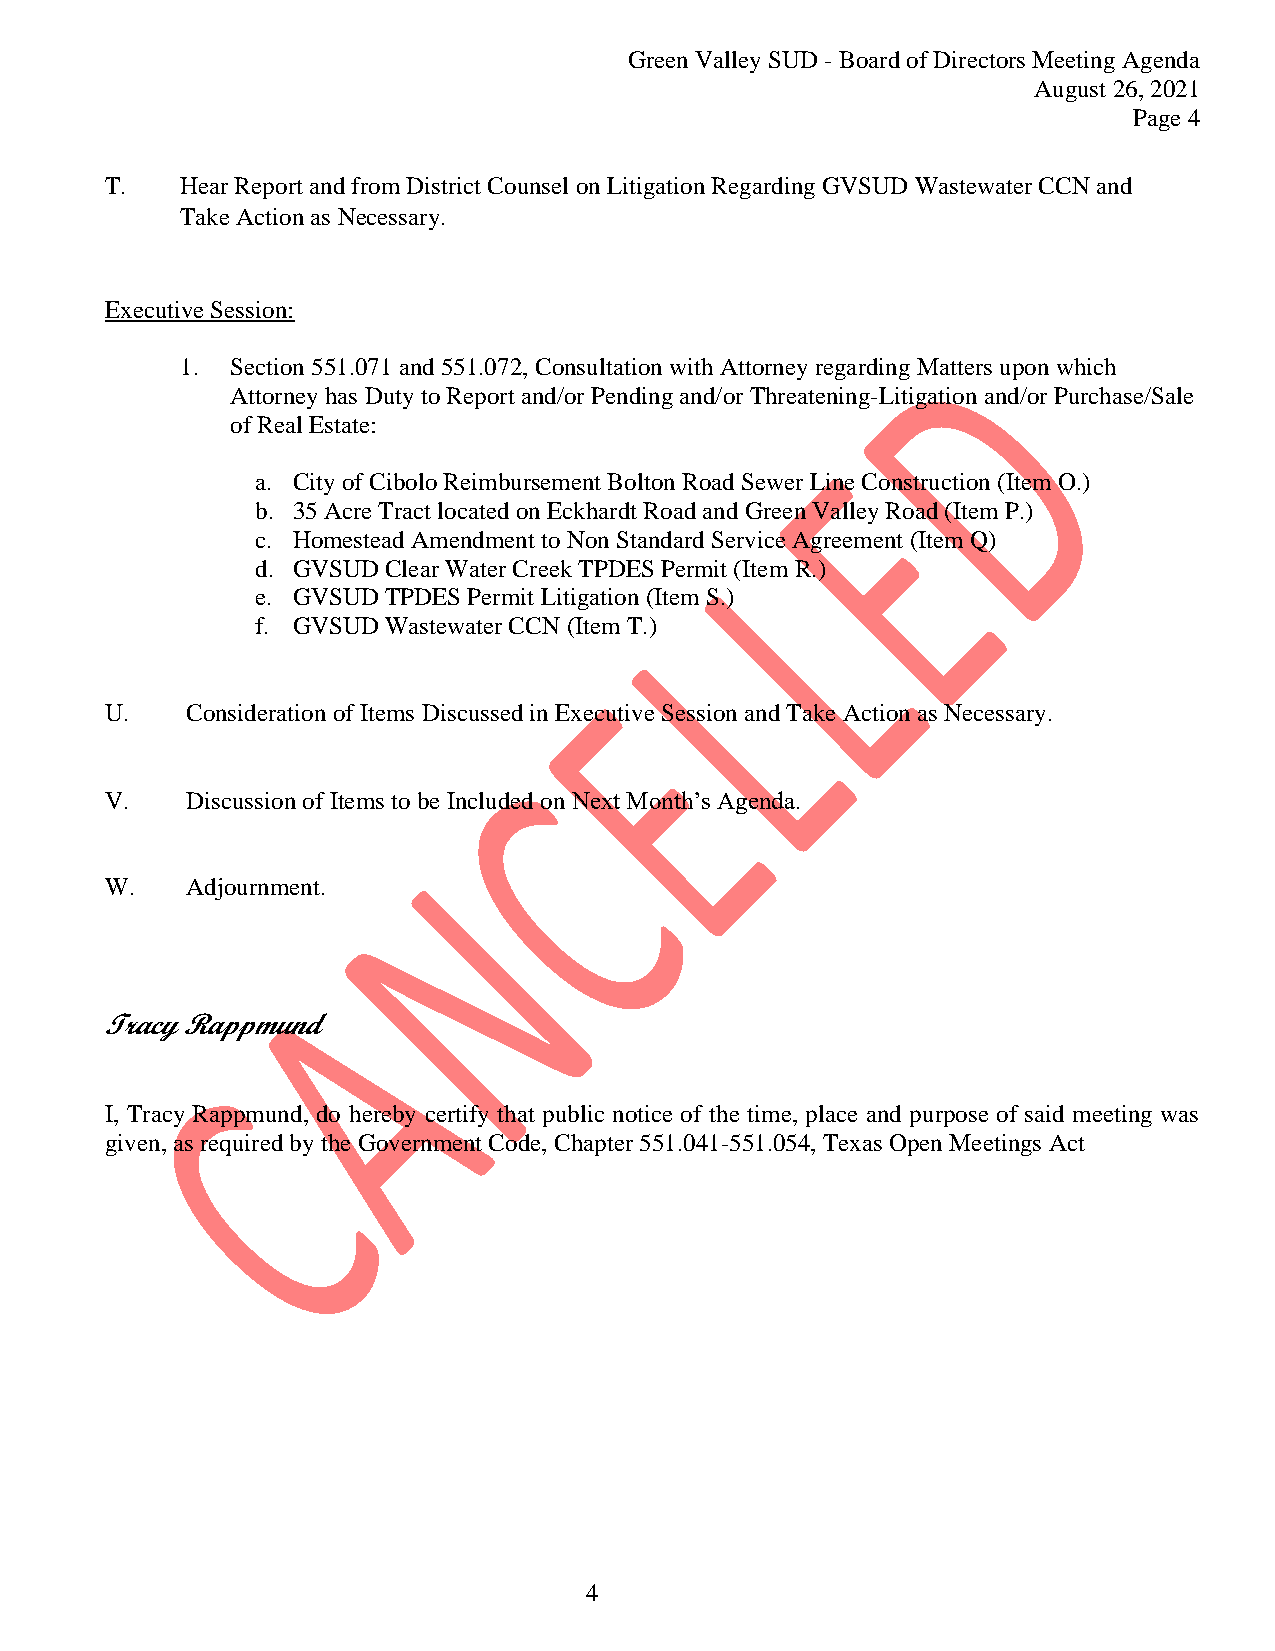
Green Valley SUD - Board of Directors Meeting Agenda
 August 26, 2021
 Page 4
 T.   Hear Report and from District Counsel on Litigation Regarding GVSUD Wastewater CCN and
 Take Action as Necessary.
 Executive Session:
 1. Section 551.071 and 551.072, Consultation with Attorney regarding Matters upon which
 Attorney has Duty to Report and/or Pending and/or Threatening-Litigation and/or Purchase/Sale
 of Real Estate:
 a. City of Cibolo Reimbursement Bolton Road Sewer Line Construction (Item O.)
 b. 35 Acre Tract located on Eckhardt Road and Green Valley Road (Item P.)
 c. Homestead Amendment to Non Standard Service Agreement (Item Q)
 d. GVSUD Clear Water Creek TPDES Permit (Item R.)
 e. GVSUD TPDES Permit Litigation (Item S.)
 f. GVSUD Wastewater CCN (Item T.)
 U.   Consideration of Items Discussed in Executive Session and Take Action as Necessary.
 V.   Discussion of Items to be Included on Next Month’s Agenda.
 W.   Adjournment.
 Tracy Rappmund
 I, Tracy Rappmund, do hereby certify that public notice of the time, place and purpose of said meeting was
 given, as required by the Government Code, Chapter 551.041-551.054, Texas Open Meetings Act
 4